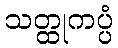
သတ္ထုကပ္ပံ